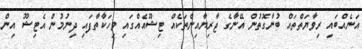
އަނެއްބައި ރިވާޔަތްތައް ބުނާގޮތުން އޭނާގެ ޖާރިޔާއިންތަކެއް ޓިޝޫއެއްގައި ވިހަކާތާފައި ދިނުމުން އެޓިޝޫ އިން